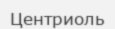
Центриоль